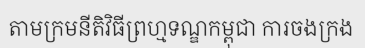
តាមក្រមនីតិវិធីព្រហ្មទណ្ឌកម្ពុជា ការចងក្រង